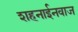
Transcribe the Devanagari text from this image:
शहनाईनवाज